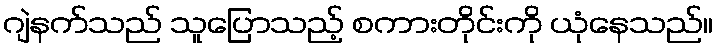
ဂျဲနက်သည် သူပြောသည့် စကားတိုင်းကို ယုံနေသည်။